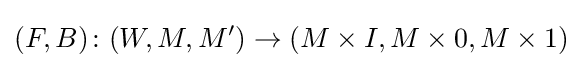
(F,B)\colon (W,M,M')\to (M\times I,M\times 0,M\times 1)